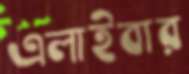
এলাইবার